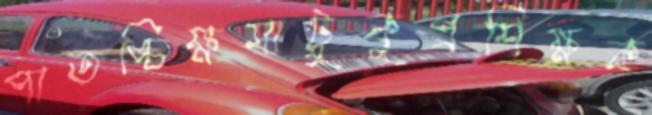
পাতঙ্চিক্ষমাটুকুপ্রশিক্ষক